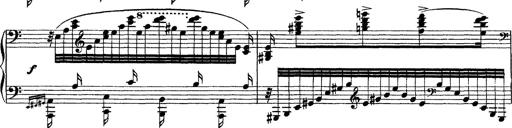
Title: Grandes Ã©tudes de Paganini
Composer: Franz Liszt